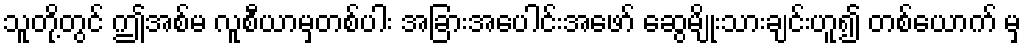
သူတို့တွင် ဤအစ်မ လူစီယာမှတစ်ပါး အခြားအပေါင်းအဖော် ဆွေမျိုးသားချင်းဟူ၍ တစ်ယောက် မှ